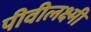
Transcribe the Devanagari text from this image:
पीवीलक्ष्मी